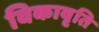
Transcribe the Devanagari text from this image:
विकावृति